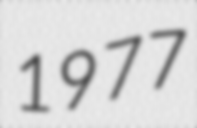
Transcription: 1977